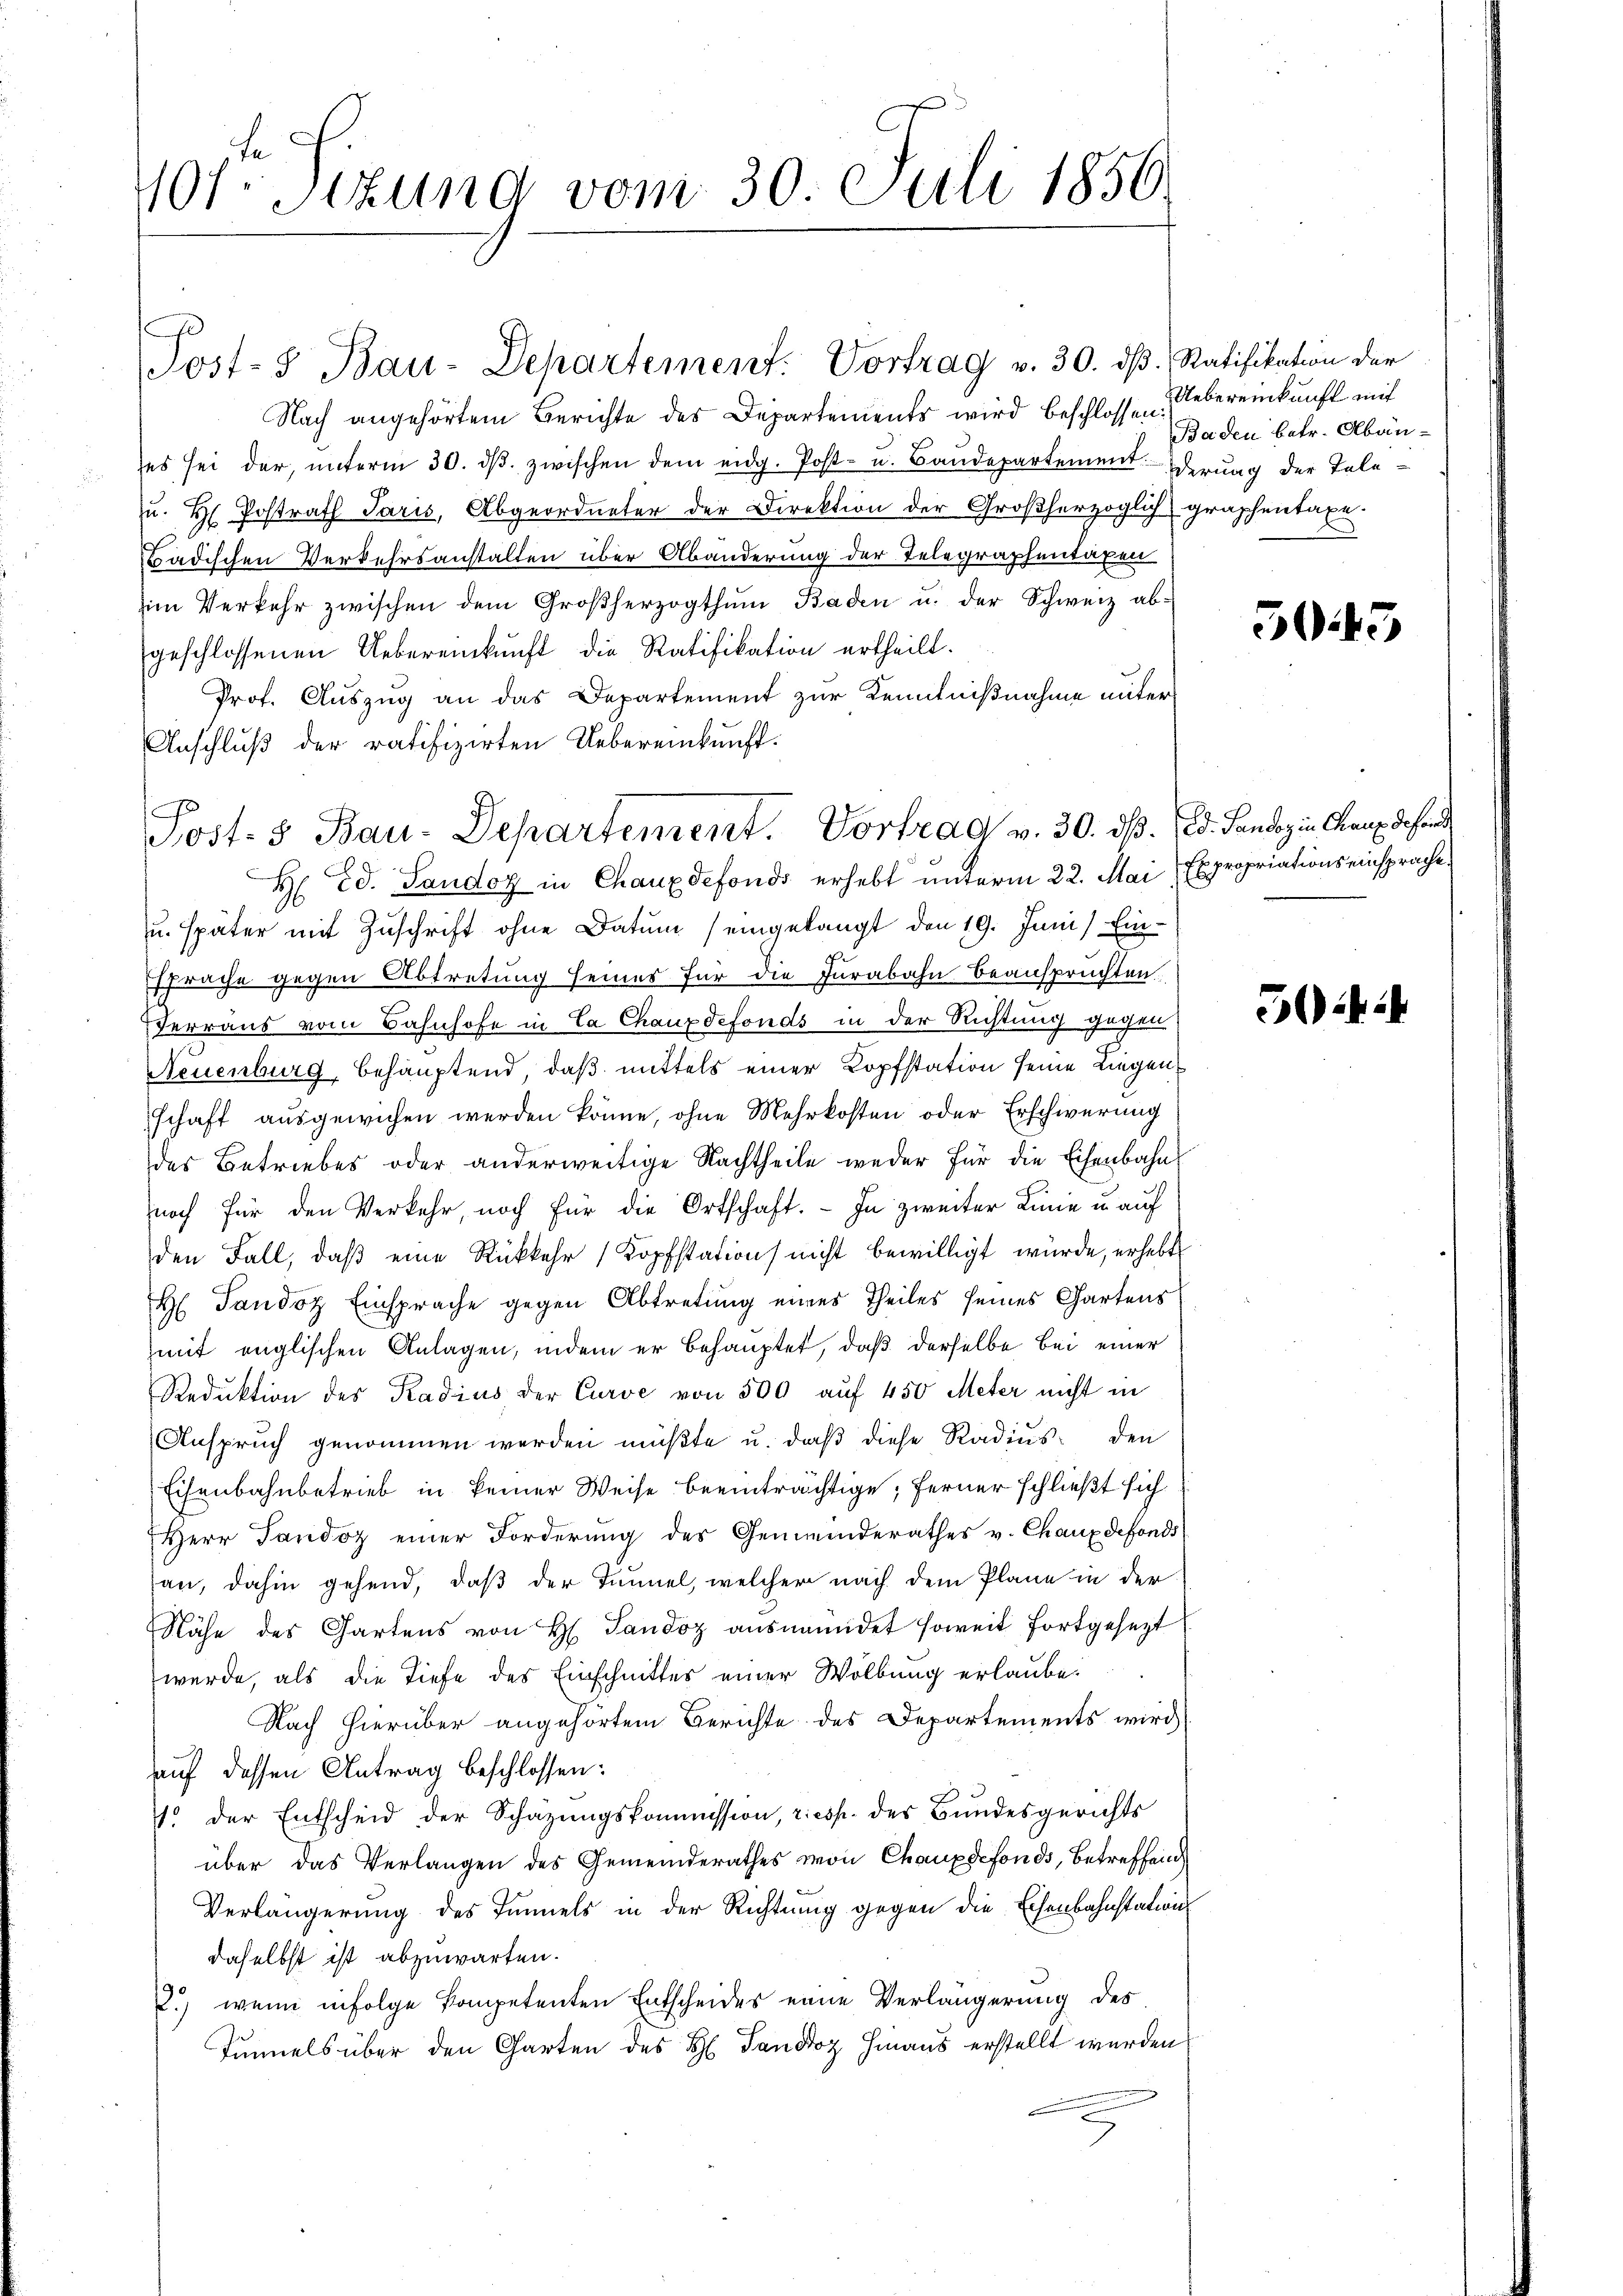
101te Sitzung vom 30. Juli 1856.

Nach angehörtem Berichte des Departements wird beschlossen:
ses sei der, ŭnterm 30. dβ. zwischen dem eidg. Post- u. Baŭdepartement Verung der Tele-
u. H. Postrath Paris, Abgeordneter der Direktion der Großherzoglich graphentaxe.
Badischen Verkehrsanstalten über Abänderung der Telegraphentaxen
im Verkehr zwischen dem Großherzogthum Baden u. der Schweiz ab-
geschlossenen Uebereinkunft die Ratifikation ertheilt.
Prof. Auszug an das Departement zur Kenntnißnahme unter¬
Anschluß der ratifizirten Uebereinkunft.
H Ed. Sandoz in Chauxdefonds erhebt unterm 22. Mai Expropriations einsprache,
u. später mit Zuschrift ohne Datum (eingelangt den 19. Juni Einsprache gegen Abtretung seines für die Jurabahn beansprüchten.
Terraus vom Bahnhofe in Ca Chauxdefonds in der Richtung gegen
Neuenburg, behauptend, daß mittels einer Kopfstation seine Liegenschaft ausgewichen werden könne, ohne Mehrkosten oder Erschwerung
des Betriebes oder anderweitige Nachtheile weder für die Eisenbahnnoch für den Verkehr, noch für die Ortschaft. - In zweiter Linie u. auf
den Fall, daß eine Rückkehr Kopfstation nicht bewilligt würde, erhebt
H Sandoz Einsprache gegen Abtretung eines Theiles seines Gartens
mit englischen Anlagen, indem er behauptet, daß derselbe bei einer
Reduktion des Radius der Curve von 500 auf 450 Meter nicht in
Anspruch genommen werden müßte u. daß diese Radius den
Eisenbahnbetrieb in keiner Weise beeinträchtige; ferner schließt sich
Herr Pandoz einer Forderung des Gemeinderathes v. Chauxdefonds
an, dahin gehend, daß der Tannel, welcher nach dem Plane in der
Nähe des Gartens von H. Tandoz aŭsmamidet soweit fortgesezt
werde, als die Tiefe des Einschnittes einer Wölbung erlaube.
Nach hierüber angehörtem Berichte des Departements wird
auf dessen Antrag beschlossen:
1 der Entscheid der Schazungskommission, resp. des Bundesgerichts
über das Verlangen des Gemeinderathes von Chauxdefonds, betreffend
Verlängerung des Immels in der Richtung gegen die Eisenbahnstations
daselbst ist abzuwarten.
2.) wenn infolge kompetenten Entscheides eine Verlängerung des
Tunnels über den Garten des H. Tanddoz hinaus erstellt werden

Post-3 Bau-Departement: Vortrag v. 30. dβ. Ratifikation der

Post- & Bau-Departement. Vortrag v. 30. ds. Ed. Sandoz in Chaux dehend

Uebereinkunft mit
Baden betr. Abän¬

503

504